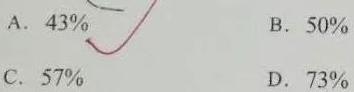
A. \(43\%\) \(\checkmark\)
B. \(50\%\)
C. \(57\%\)
D. \(73\%\)